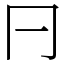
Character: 𠔼